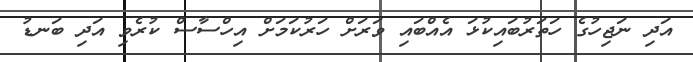
އަދި ނަޖިހުގެ ހަތަރުބައިކުޅަ އެއްބައި ވަރަށް ހަރުކަމަށް އިހްސާސް ކުރެވި އަދި ބަނޑު